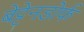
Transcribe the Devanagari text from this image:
बेट्टेनडोर्फ